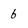
Character: b